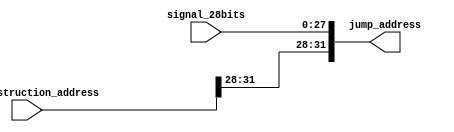
module ALU_Add_32(
	 input [31:0] next_instruction_address, 
	 input [27:0] signal_28bits,
	 output [31:0] jump_address);

 assign jump_address = {next_instruction_address[31:28], signal_28bits };
endmodule